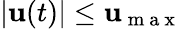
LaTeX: \begin{array}{r}{|\mathbf{u}(t)|\leq\mathbf{u}_{\mathrm{~m~a~x~}}}\end{array}